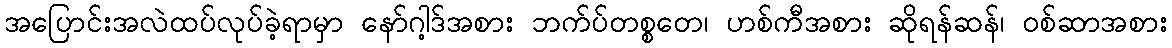
အပြောင်းအလဲထပ်လုပ်ခဲ့ရာမှာ နော်ဂါ့ဒ်အစား ဘက်ပ်တစ္စတေ၊ ဟစ်ကီအစား ဆိုရန်ဆန်၊ ဝစ်ဆာအစား